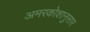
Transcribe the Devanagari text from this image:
अमरकोशानुसार